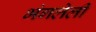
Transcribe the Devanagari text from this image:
भंगलेली